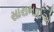
સારાભાઈએ